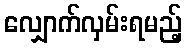
လျှောက်လှမ်းရမည့်